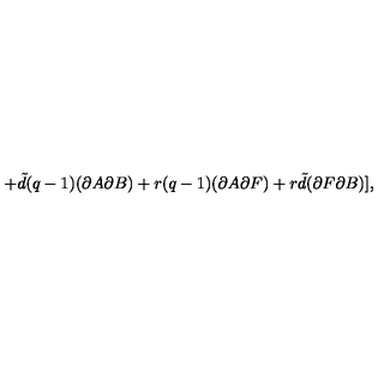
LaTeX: + { \tilde { d } } ( q - 1 ) ( \partial A \partial B ) + r ( q - 1 ) ( \partial A \partial F ) + r { \tilde { d } } ( \partial F \partial B ) ] ,